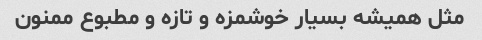
مثل همیشه بسیار خوشمزه و تازه و مطبوع ممنون